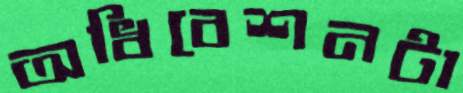
অধিবেশনটা